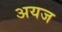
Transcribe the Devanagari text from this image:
अयज